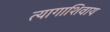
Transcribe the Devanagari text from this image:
त्यागाशिवाय